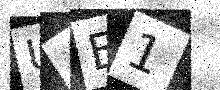
Text: UAE1